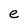
Character: e